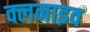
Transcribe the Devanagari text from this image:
क्लनाइव